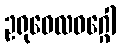
ဥရုဝေလဝဂ္ဂေါ